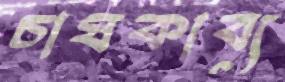
চাষকাব্য